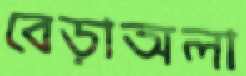
বেড়াঅলা